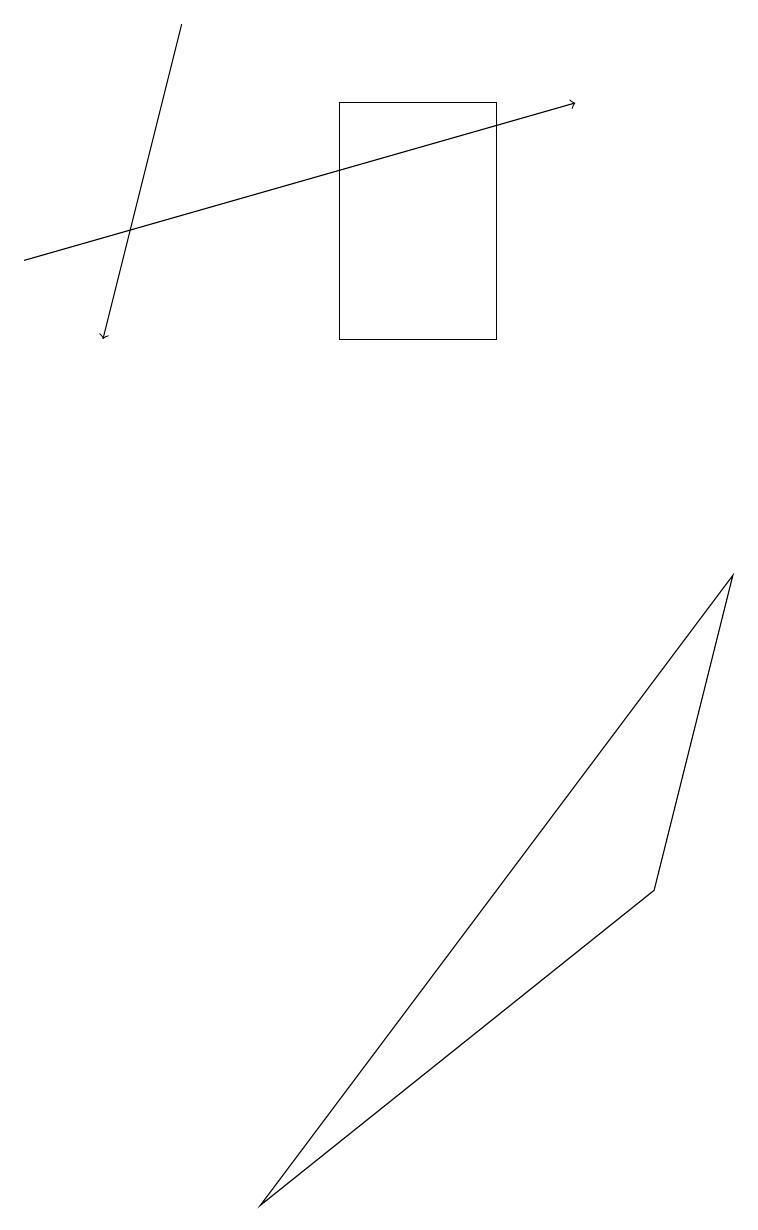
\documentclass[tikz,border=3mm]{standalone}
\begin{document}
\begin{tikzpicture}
\draw (3,1) -- (9,9) -- (8,5) -- cycle;
\draw[->] (2,16) -- (1,12);
\draw[->] (0,13) -- (7,15);
\draw (4,15) rectangle (6,12);
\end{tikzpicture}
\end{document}